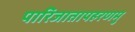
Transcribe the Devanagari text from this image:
पारिजातापहरणमु